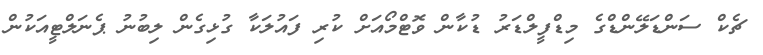
ޗެކް ސަންޑަލޭންޑްގެ މިޑްފީލްޑަރު ޑުކާން ވޮޓްމޯއަށް ކުރި ފައުލަކާ ގުޅިގެން ލިބުނު ޕެނަލްޓީއަކުން